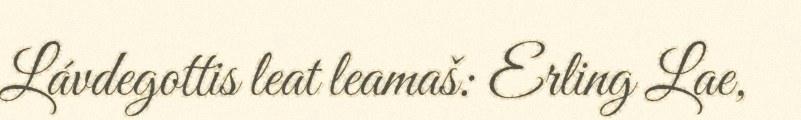
Lávdegottis leat leamaš: Erling Lae,